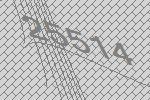
25514